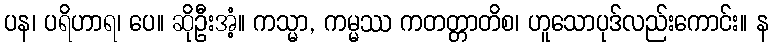
ပန၊ ပရိဟာရ၊ ပေ။ ဆိုဦးအံ့။ ကသ္မာ, ကမ္မဿ ကတတ္တာတိစ၊ ဟူသောပုဒ်လည်းကောင်း။ န